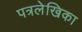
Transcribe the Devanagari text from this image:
पत्रलेखिका